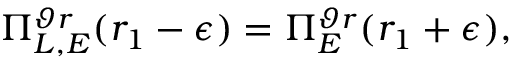
\Pi _ { L , E } ^ { \vartheta r } ( r _ { 1 } - \epsilon ) = \Pi _ { E } ^ { \vartheta r } ( r _ { 1 } + \epsilon ) ,